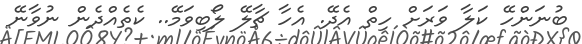
ބުނަންހޭ ކަލާ ވަރަށް ހިތް އެދޭ. އެހާ ޗާލޭ ލޯބިވަމޭ.. ކެތެއްދެން ނުވާނޭ